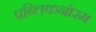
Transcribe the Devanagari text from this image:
पब्लिकनोरम